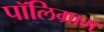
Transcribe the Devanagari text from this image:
पॉलिग्राम